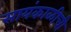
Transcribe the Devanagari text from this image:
सायंकाळीची